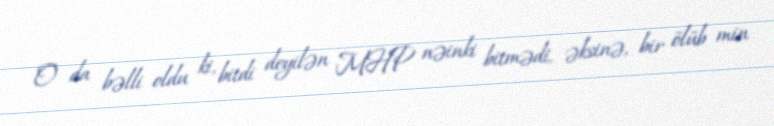
O da bəlli oldu ki, bitdi deyilən MHP nəinki bitmədi, əksinə, bir ölüb min